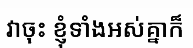
វាចុះ ខ្ញុំទាំងអស់គ្នាក៏